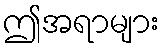
ဤအရာများ